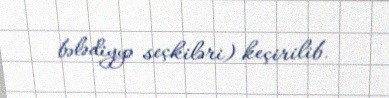
bələdiyyə seçkiləri) keçirilib.